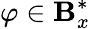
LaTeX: \varphi\in\mathbf{B}_{x}^{*}